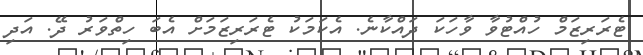
ޓެރަރިޒަމް ހުއްޓުވާ ވާހަކަ ދައްކާނެ. އެކަމަކު ޓެރަރިޒަމަށް އެބަ ހިތްވަރު ދޭ. އަދި